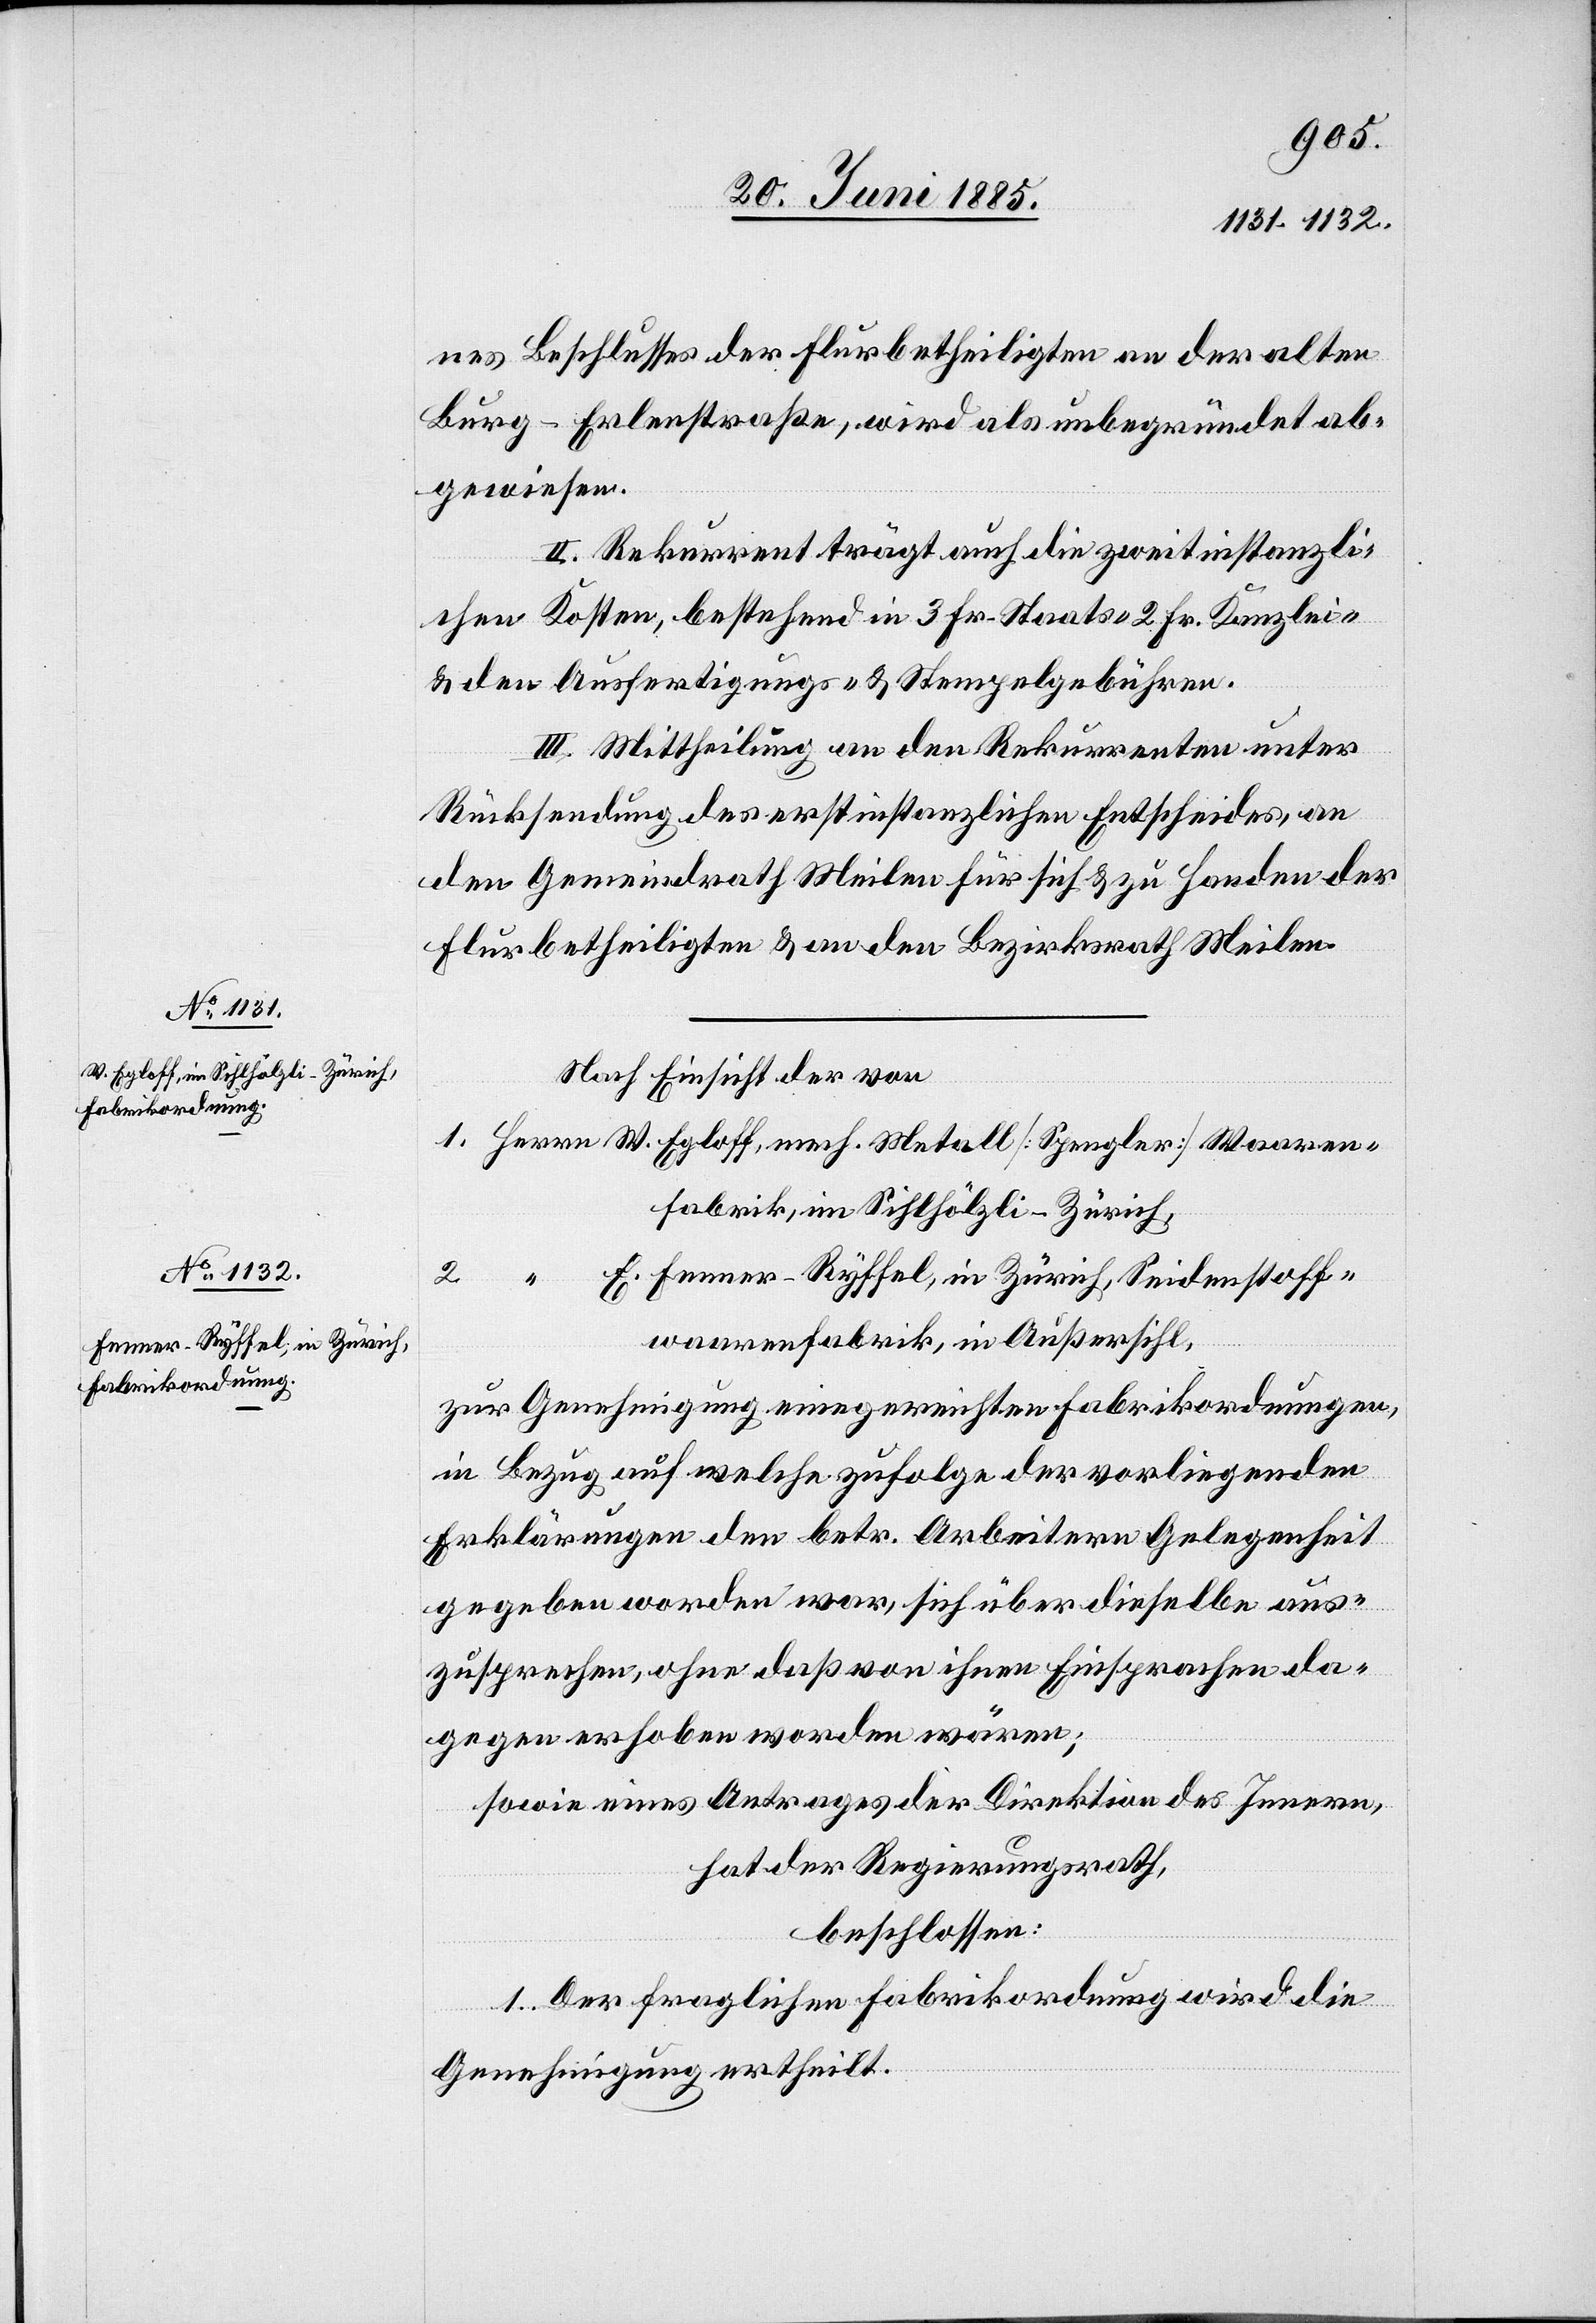
Waare¬
nes Beschlusses der Flurbetheiligten an der alten
Burg–Erlenstraße, wird als unbegründet ab¬
gewiesen.
II. Rekurrent trägt auch die zweitinstanzli¬
chen Kosten, bestehend in 3 Fr. Staats-[,] 2 Fr. Kanzlei-
& den Ausfertigungs- & Stempelgebühren.
III. Mittheilung an den Rekurrenten unter
Rücksendung des erstinstanzlichen Entscheides, an
den Gemeindrath Meilen für sich & zu Handen der
Flurbetheiligten & an den Bezirksrath Meilen.
Nach Einsicht der von
nfabrik, im Sihlhölzli - Zürich,
E. Fenner-Ryffel, in Zürich, Seidenstoff¬
waarenfabrik, in Außersihl,
zur Genehmigung eingereichten Fabrikordnungen,
in Bezug auf welche zufolge der vorliegenden
Erklärungen den betr. Arbeitern Gelegenheit
gegeben worden war, sich über dieselbe aus¬
zusprechen, ohne daß von ihnen Einsprachen da¬
gegen erhoben worden wären;
sowie eines Antrages der Direktion des Innern,
hat der Regierungsrath,
beschlossen:
1. Der fraglichen Fabrikordnung wird die
Genehmigung ertheilt.